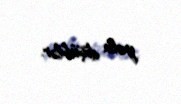
yola düşüblər.